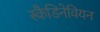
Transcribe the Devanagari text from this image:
स्कैडिनेवियन